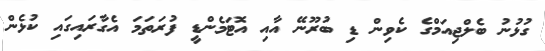
ގުޅުނު ބެލްޖިއަމްގެ ކެވިން ޑި ބުރޫނޭ އާއި އޮޓަމެންޑީ ފުރަތަމަ އެގާރައިގައި ކުޅެން